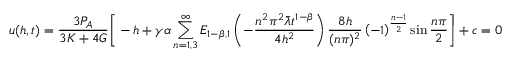
u ( h , t ) = \frac { 3 P _ { A } } { 3 K + 4 G } \Bigg [ - h + \gamma \alpha \sum _ { n = 1 , 3 } ^ { \infty } E _ { 1 - \beta , 1 } \left( - { \frac { n ^ { 2 } \pi ^ { 2 } \bar { \lambda } t ^ { 1 - \beta } } { 4 h ^ { 2 } } } \right) \frac { 8 h } { ( n \pi ) ^ { 2 } } \left( - 1 \right) ^ { \frac { n - 1 } { 2 } } \sin \frac { n \pi } { 2 } \Bigg ] + c = 0